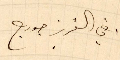
اخي العزيز جورج